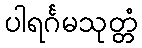
ပါရင်္ဂမသုတ္တံ